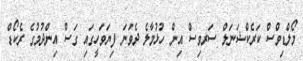
މޯލްޑިވްސް ކަރެކްޝަނަލް ސަރވިސް އިން ހުޅުމާލެ ދެވަނަ ފިޔަވަހީގައި ގަސް އިންދުމުގެ ރެކޯޑް